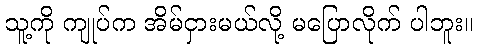
သူ့ကို ကျုပ်က အိမ်ငှားမယ်လို့ မပြောလိုက် ပါဘူး။